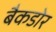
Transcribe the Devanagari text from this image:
बैकडोर